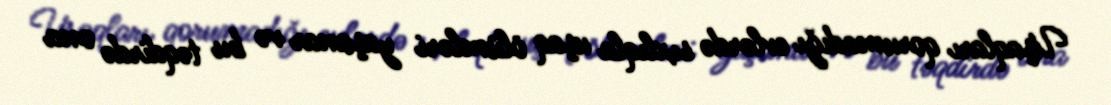
Uşaqları qorumadığı evlərdə sıxlıqla uşaq ölümləri yaşanar və bu təqdirdə ona